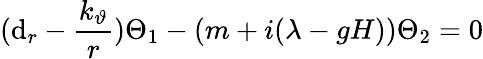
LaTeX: (\mathrm{d}_{r}-{\frac{{k_{\vartheta}}}{r}})\Theta_{1}-(m+i(\lambda-gH))\Theta_{2}=0